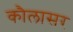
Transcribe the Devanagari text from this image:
कौलासर